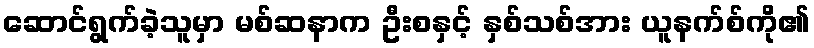
ဆောင်ရွက်ခဲ့သူမှာ မစ်ဆနာက ဦးစနှင့် နှစ်သစ်အား ယူနက်စ်ကို၏